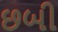
છબી